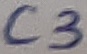
Text: C3